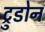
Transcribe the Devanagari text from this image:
ट्रुडोन